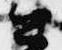
公